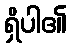
ရှိပါ၏